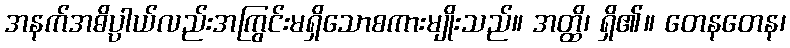
အနက်အဓိပ္ပာယ်လည်းအကြွင်းမရှိသောစကားမျိုးသည်။ အတ္ထိ၊ ရှိ၏။ တေနတေန၊